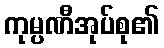
ကုမ္ပဏီအုပ်စု၏